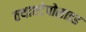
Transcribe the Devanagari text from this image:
तथाएटेपोसाइड